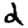
Digit: 2